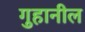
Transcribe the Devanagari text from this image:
गुहानील